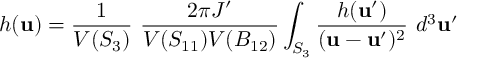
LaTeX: h ( { \bf u } ) = \frac { 1 } { V ( S _ { 3 } ) } \ \frac { 2 \pi J ^ { \prime } } { V ( S _ { 1 1 } ) V ( B _ { 1 2 } ) } \int _ { S _ { 3 } } \frac { h ( { \bf u } ^ { \prime } ) } { ( { \bf u } - { \bf u } ^ { \prime } ) ^ { 2 } } \ d ^ { 3 } { \bf u } ^ { \prime }